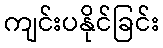
ကျင်းပနိုင်ခြင်း